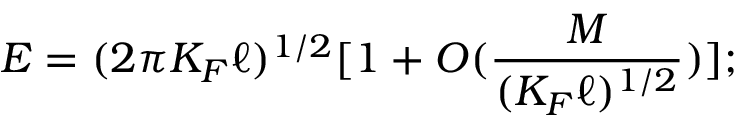
E = ( 2 \pi K _ { F } \ell ) ^ { 1 / 2 } [ 1 + O ( \frac { M } { ( K _ { F } \ell ) ^ { 1 / 2 } } ) ] ;